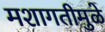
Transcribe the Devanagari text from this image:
मशागतीमुळे